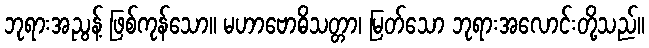
ဘုရားအညွန့် ဖြစ်ကုန်သော။ မဟာဗောဓိသတ္တာ၊ မြတ်သော ဘုရားအလောင်းတို့သည်။